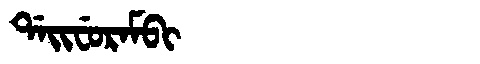
Manchu: ᡩᠠᡳᠸᡠᡵᠠᠮᠪᡳ
Romanization: DAIFURAMBI